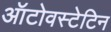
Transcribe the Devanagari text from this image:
ऑटोवस्टेटिन